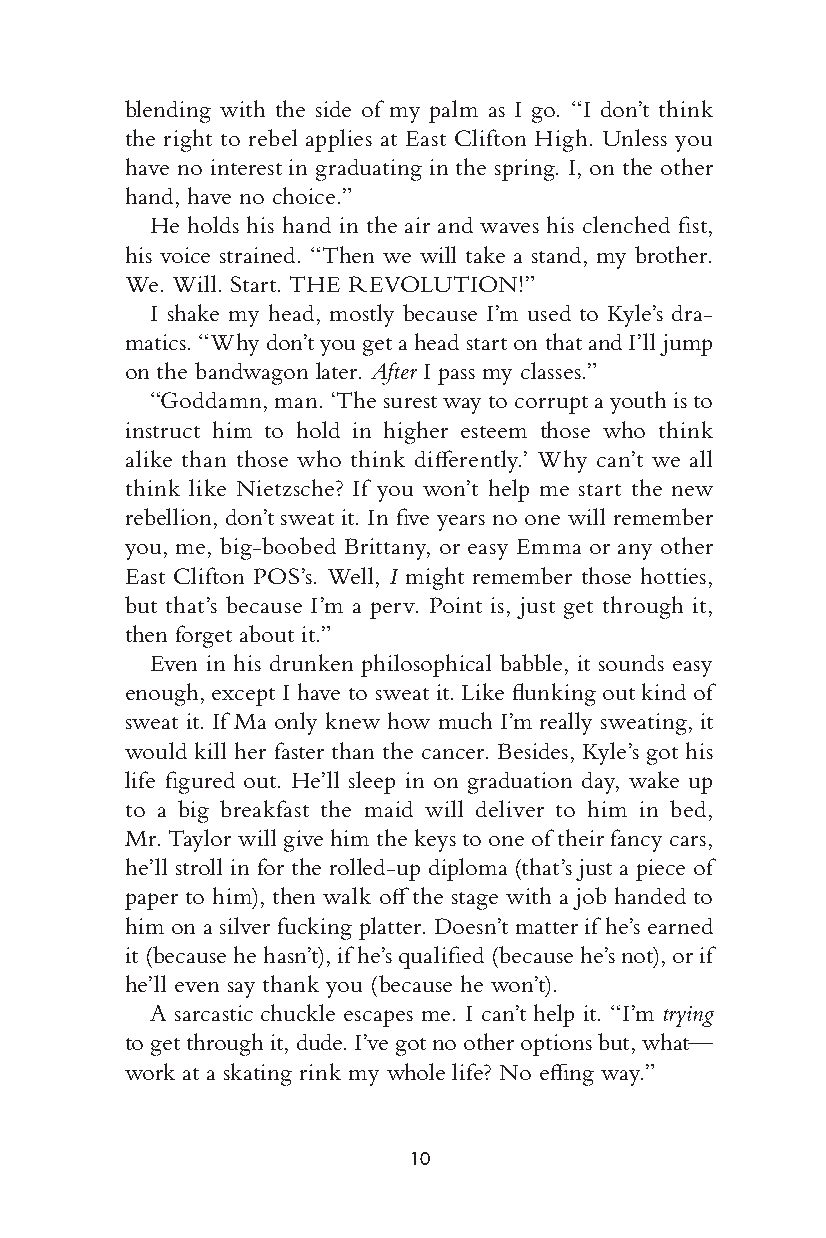
blending with the side of my palm as I go. “I d on’t think
 the right to rebel applies at East Clifton High. U nless you
 have no interest in graduating in the spring. I, on the other
 hand, have no choice.”
 He holds his hand in the air and waves his clenched fi st,
 his voice strained. “Then we w ill take a stand, my brother.
 We. Will. Start. THE REVOLUTION!”
 I shake my head, mostly b ecause I’m used to Kyle’s dra-
 matics. “Why don’t you get a head start on that and I’ll jump
 on the bandwagon l ater. After I pass my classes.”
 “Goddamn, man. ‘The surest way to corrupt a youth is to
 instruct him to hold in higher esteem t hose who think
 alike than those who think diff erently.’ Why can’t we all
 think like Nietzs che? If you w on’t help me start the new
 rebellion, d on’t sweat it. In fi ve years no one will remember
 you, me, big-b oobed Brittany, or easy Emma or any other
 East Clifton POS’s. Well, I might remember those hotties,
 but that’s b ecause I’m a perv. Point is, just get through it,
 then forget about it.”
 Even in his drunken philosophical babble, it sounds easy
 enough, except I have to sweat it. Like fl unking out kind of
 sweat it. If Ma only knew how much I’m really sweating, it
 would kill her faster than the cancer. Besides, Kyle’s got his
 life fi gured out. He’ll sleep in on graduation day, wake up
 to a big breakfast the maid will deliver to him in bed,
 Mr. Taylor w ill give him the keys to one of their fancy cars,
 he’ll stroll in for the rolled-up diploma (that’s just a piece of
 paper to him), then walk off the stage with a job handed to
 him on a silver fucking platter. D oesn’t matter if he’s earned
 it ( because he hasn’t), if he’s qualifi ed ( because he’s not), or if
 he’ll even say thank you (b ecause he won’t).
 A sarcastic chuckle escapes me. I can’t help it. “I’m trying
 to get through it, dude. I’ve got no other options but, what—
 -1—          work at a skating rink my w hole life? No effi ng way.”
 0—
 +1—
 10
 005533--6666667755__cchh0011__11PP..iinndddd 1100 1111//2244//1166 66::5566 PPMM